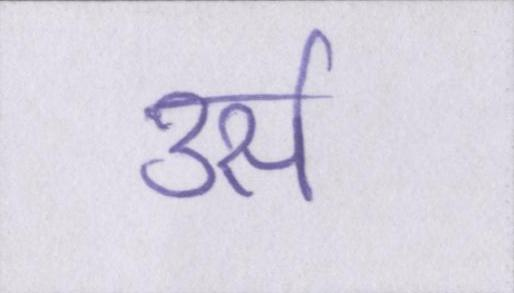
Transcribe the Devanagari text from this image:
उर्स